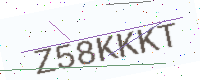
Text: Z58KKKT